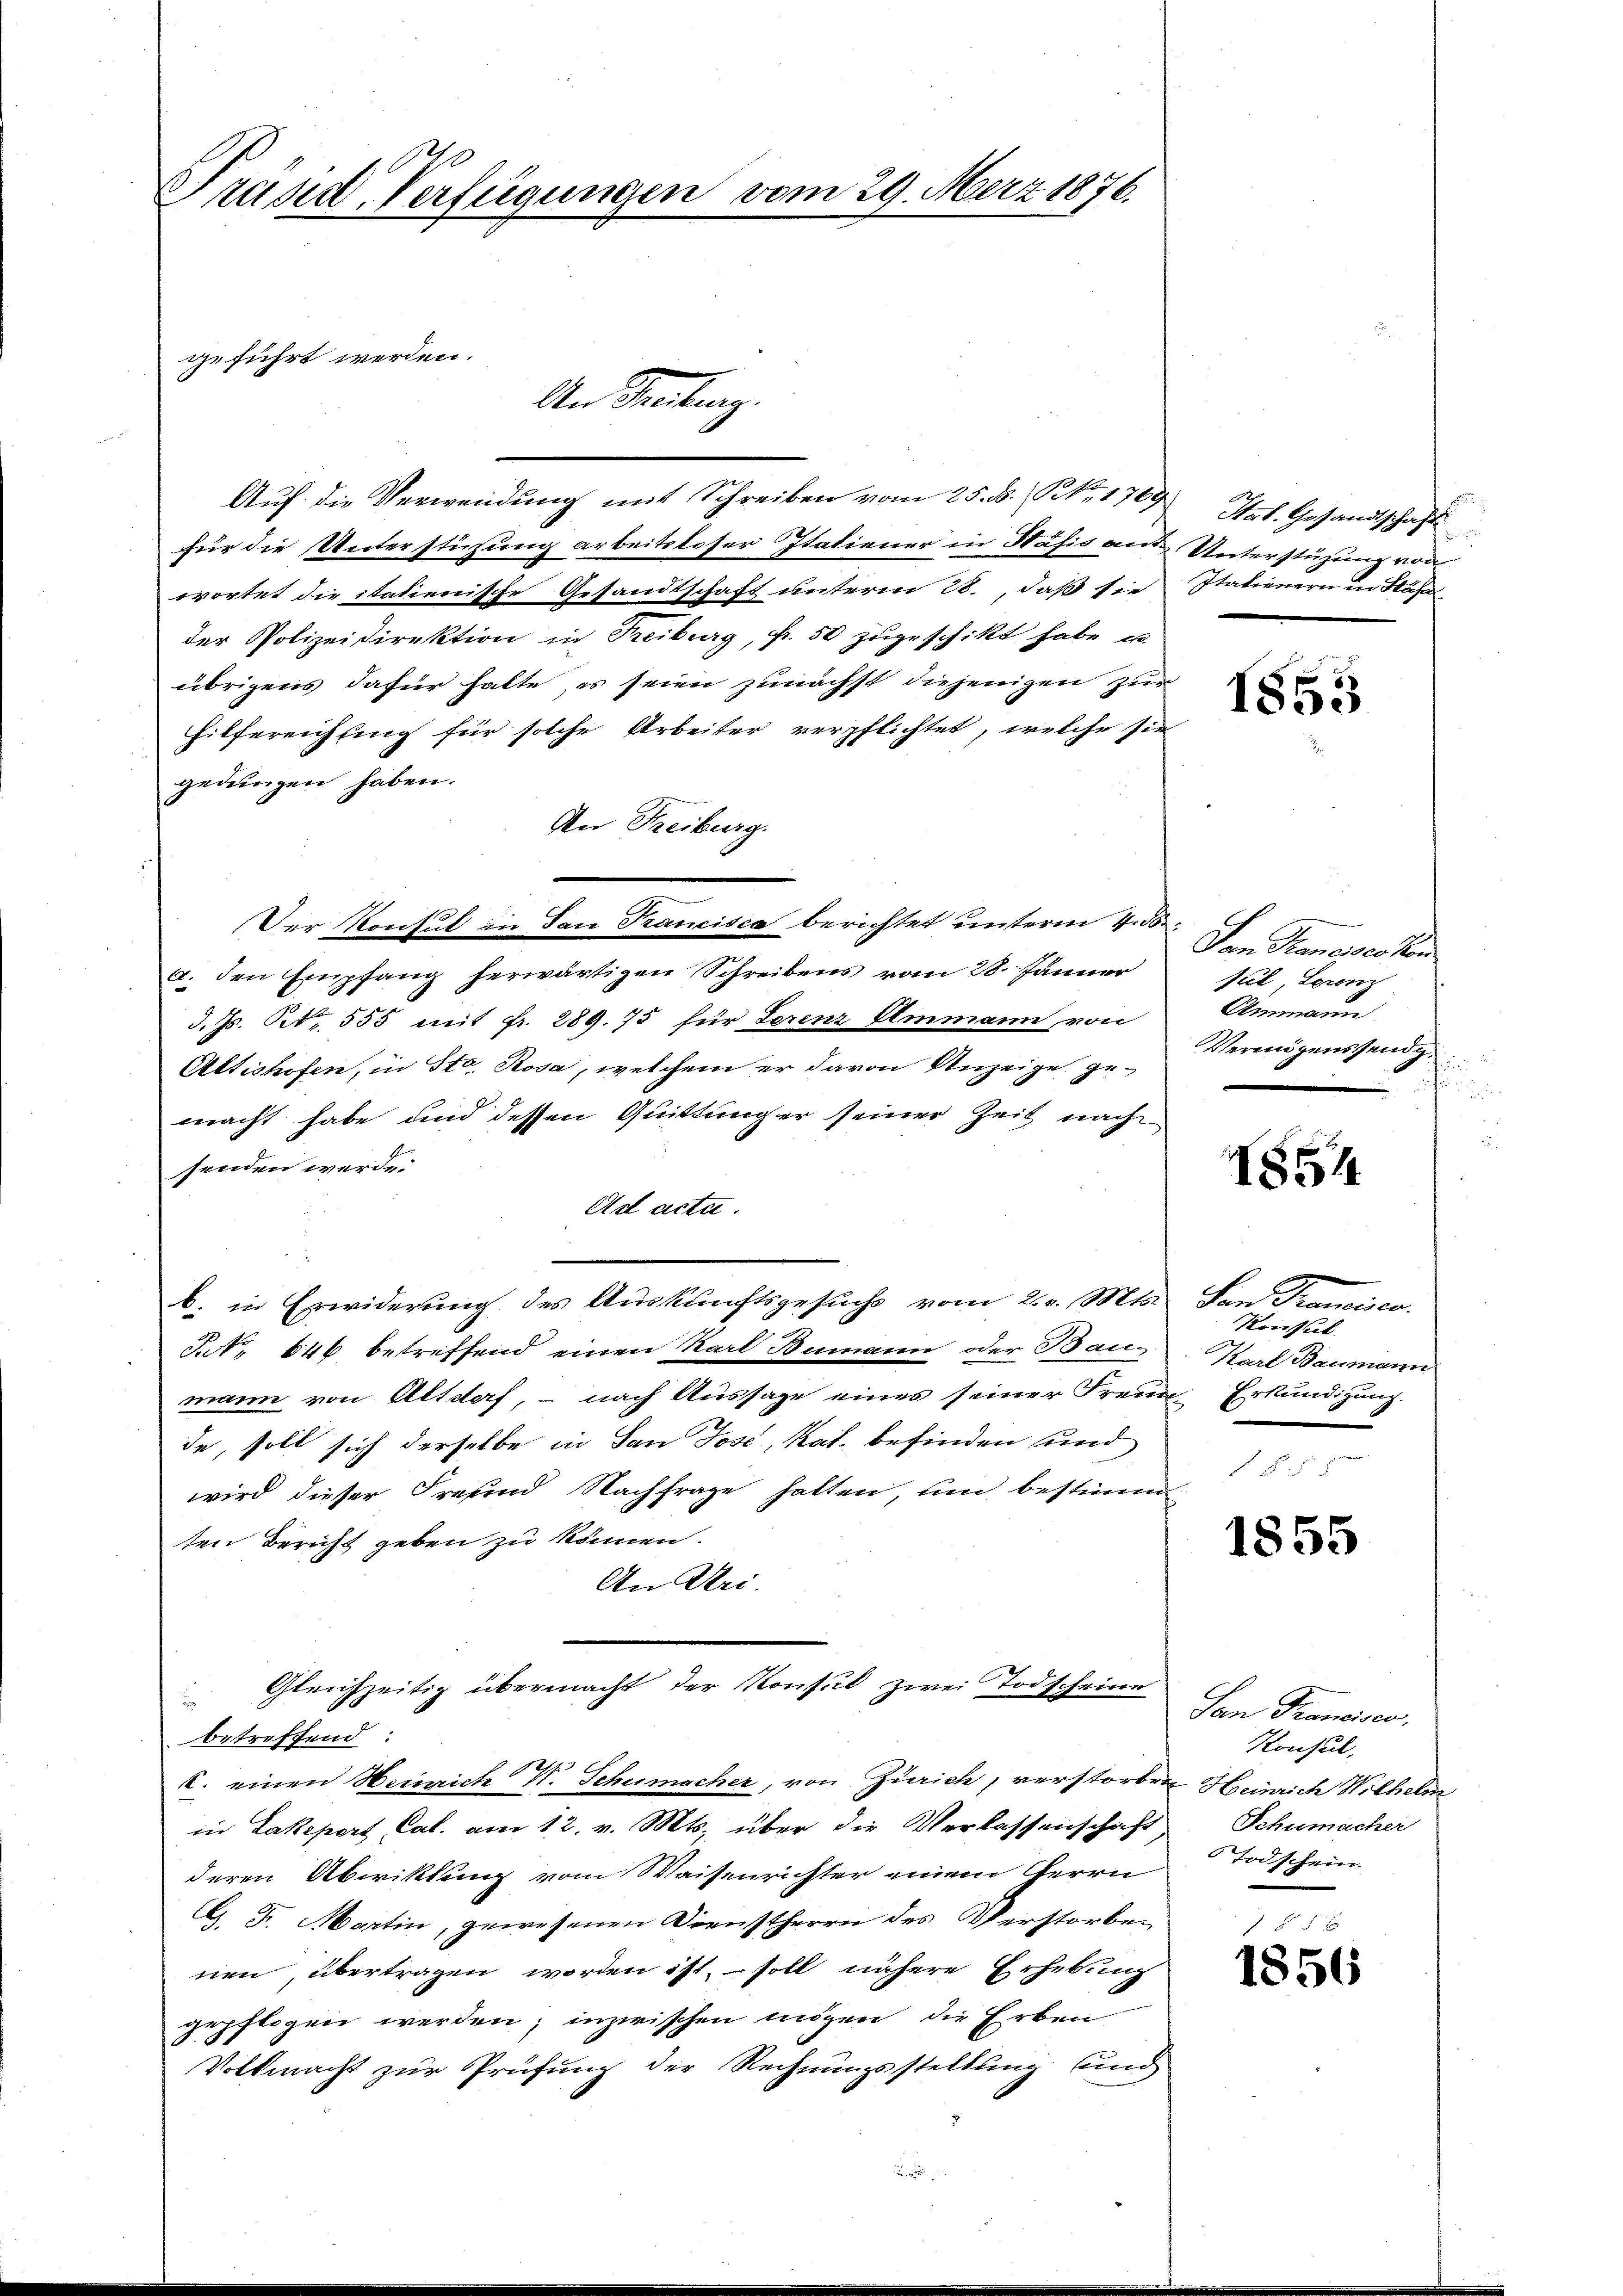
Präsid. Verfügungen

geführt werden.

e

An Tantenz.

Auf die Verwendung mit Schreiben vom 25. ds. NNo. 1769
für die Unterstüzung arbeitsloser Italiener in Häfis an Unterstützung von
wortet die italienische Gesandtschaft unterm 28., daß sie
der Polizeidirektion in Treiburg, Fr. 50 zugeschikt habe, u.
übrigens dafür hatte, es seien zunächst diejenigen zur
hilfereichfing für solche Arbeiter verpflichtet, welche sie
gedungen haben.
An Freiburg.
a. den Empfang herwärtigen Schreibens vom 28. Jänner
d. Js. S. 555 mit fr. 289. 75 für Serenz Ammann von
Altishofen, in Str. Rosa, welchem er davon Anzeige gemacht habe und dessen Quittung er seiner Zeit nach
senden werde.
Ast acta.
b. in Erwiderung des Auskunftsgesuchs vom 2. v. Mts. San Francisco
Jut. 646 betreffend einen Karl Bumann oder Baumann von Altdorf, – nach Aussage eines seiner Freun-Erkundigung.
de, soll sich derselbe in San Jose, Kat. befinden und
wird dieser Freiend Nachfrage hatten, und bestimm
ten Bericht geben zu können.
An Uri.
Gleichzeitig übermacht der Konsul zwei Todscheine
d
betreffend:
V. einen Heinrich V. Schumacher, von Zürich, verstorben Heinrich Wilhelm
in Lakepert Cal. am 12. v. Mts. über die Verlassenschaft Schumacher
deren Abwiktung vom Waisenrichter einem Herrn
G. F. Martin, gewesenen Dienstherrn des Verstorben
nen, übertragen worden ist, soll nähere Erhebung
gepflogen werden; inzwischen mögen die Erben
Volkmacht zur Prüfung der Rechnungsstellung und

Der Konsul in dan Francisca berichtet unterm 4. d.

m 29. März 1876.

Stat. Gesandtschaft
Italienern in Stäfa

1853

Von Samoises von
sil, Serem
Ammann
Vermögenssend.
f

854

Konsul
Karl Baumann

1855

San Francisco,
Konsul,
Todschein

1856